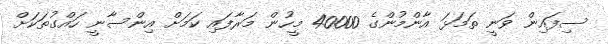
ސިފައިން ވަނީ ތަމަޅަ އާންމުންގެ 40000 މީހުން މަރާފައި ކަމަށް އިންސާނީ ހައްގުތަކަށް